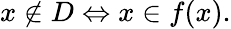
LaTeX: x\notin D\Leftrightarrow x\in f(x).